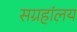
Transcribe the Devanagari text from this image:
सग्रहांलय